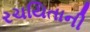
રચયિતાની